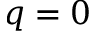
q = 0